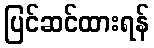
ပြင်ဆင်ထားရန်